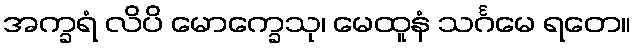
အက္ခရံ လိပိ မောက္ခေသု၊ မေထူနံ သင်္ဂမေ ရတေ။